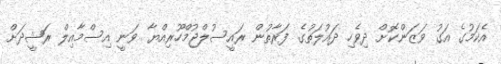
އެކަމުގެ އަގު ވަޒަންކޮށް ދިވެހި ދައުލަތުގެ ފަރާތުން ރައީސުލްޖުމްހޫރިއްޔާ ވަނީ އިސްމާއިލް ރަޝީދަށް